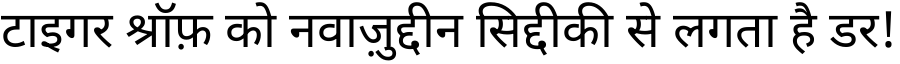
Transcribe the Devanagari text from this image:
टाइगर श्रॉफ़ को नवाज़ुद्दीन सिद्दीकी से लगता है डर!